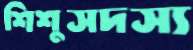
শিশুসদস্য